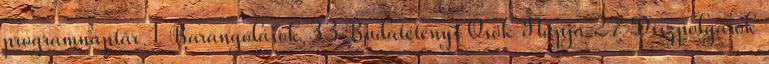
programnaptár 1 Barangolások 33 Budatétényi Ősök Napja 27 Díszpolgárok